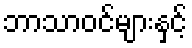
ဘာသာဝင်များနှင့်